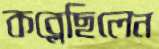
কব্‌লেছিলেন